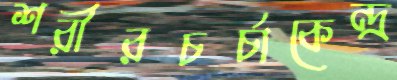
শরীরচর্চাকেন্দ্র